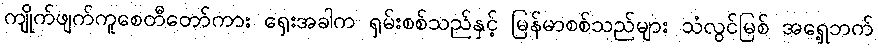
ကျိုက်ဖျက်ကူစေတီတော်ကား ရှေးအခါက ရှမ်းစစ်သည်နှင့် မြန်မာစစ်သည်များ သံလွင်မြစ် အရှေ့ဘက်